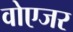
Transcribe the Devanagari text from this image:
वोएजर